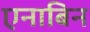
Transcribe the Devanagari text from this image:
एनाबिन